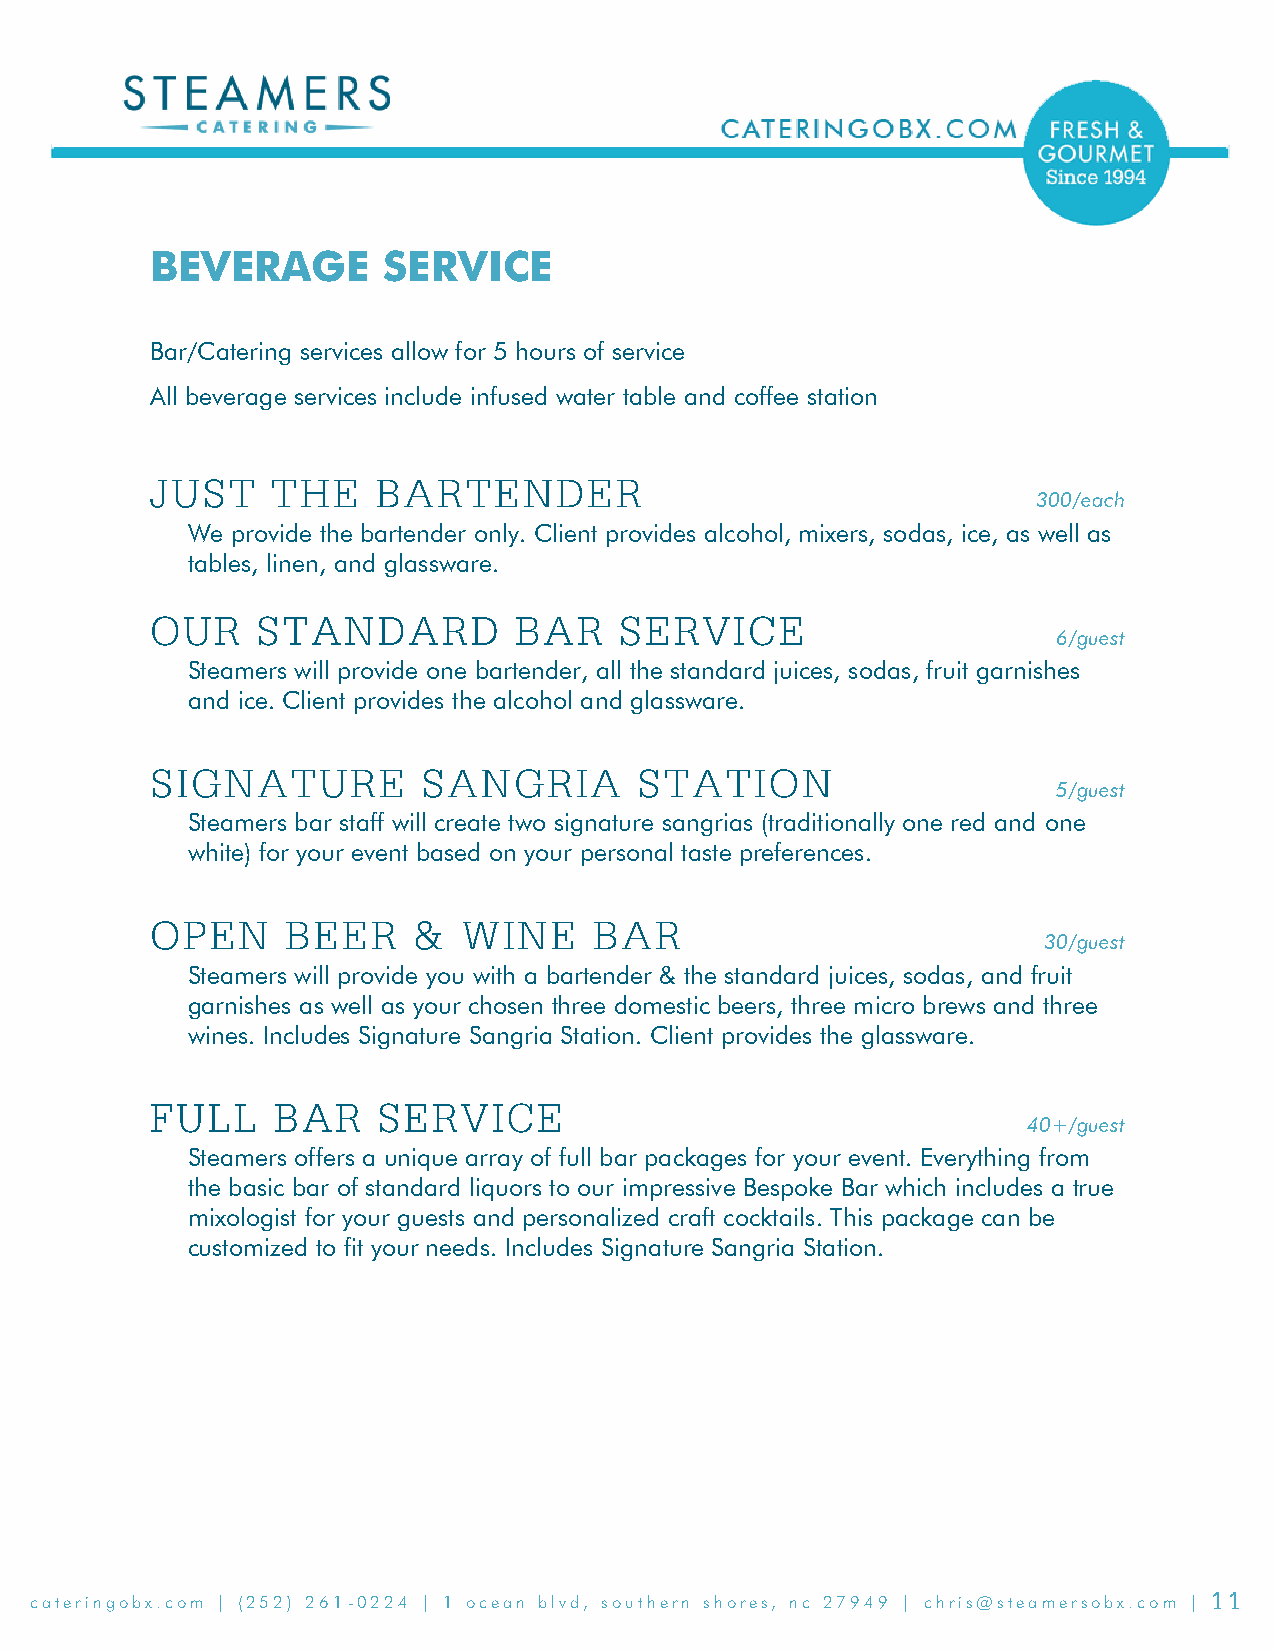
BEVERAGE       SERVICE
 Bar/Catering services allow for 5 hours of service
 All beverage services include infused water table and coffee station
 300/each
 We provide the bartender only. Client provides alcohol, mixers, sodas, ice, as well as
 tables, linen, and glassware.
 6/guest
 Steamers will provide one bartender, all the standard juices, sodas, fruit garnishes
 and ice. Client provides the alcohol and glassware.
 5/guest
 Steamers bar staff will create two signature sangrias (traditionally one red and one
 white) for your event based on your personal taste preferences.
 30/guest
 Steamers will provide you with a bartender & the standard juices, sodas, and fruit
 garnishes as well as your chosen three domestic beers, three micro brews and three
 wines. Includes Signature Sangria Station. Client provides the glassware.
 40+/guest
 Steamers offers a unique array of full bar packages for your event. Everything from
 the basic bar of standard liquors to our impressive Bespoke Bar which includes a true
 mixologist for your guests and personalized craft cocktails. This package can be
 customized to fit your needs. Includes Signature Sangria Station.
 cateringobx.com | (252) 261-0224 | 1 ocean blvd, southern shores, nc 27949 | chris@steamersobx.com |